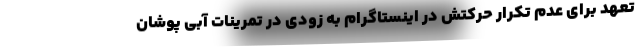
تعهد برای عدم تکرار حرکتش در اینستاگرام به زودی در تمرینات آبی پوشان